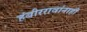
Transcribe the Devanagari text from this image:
हंबीररावांनाही